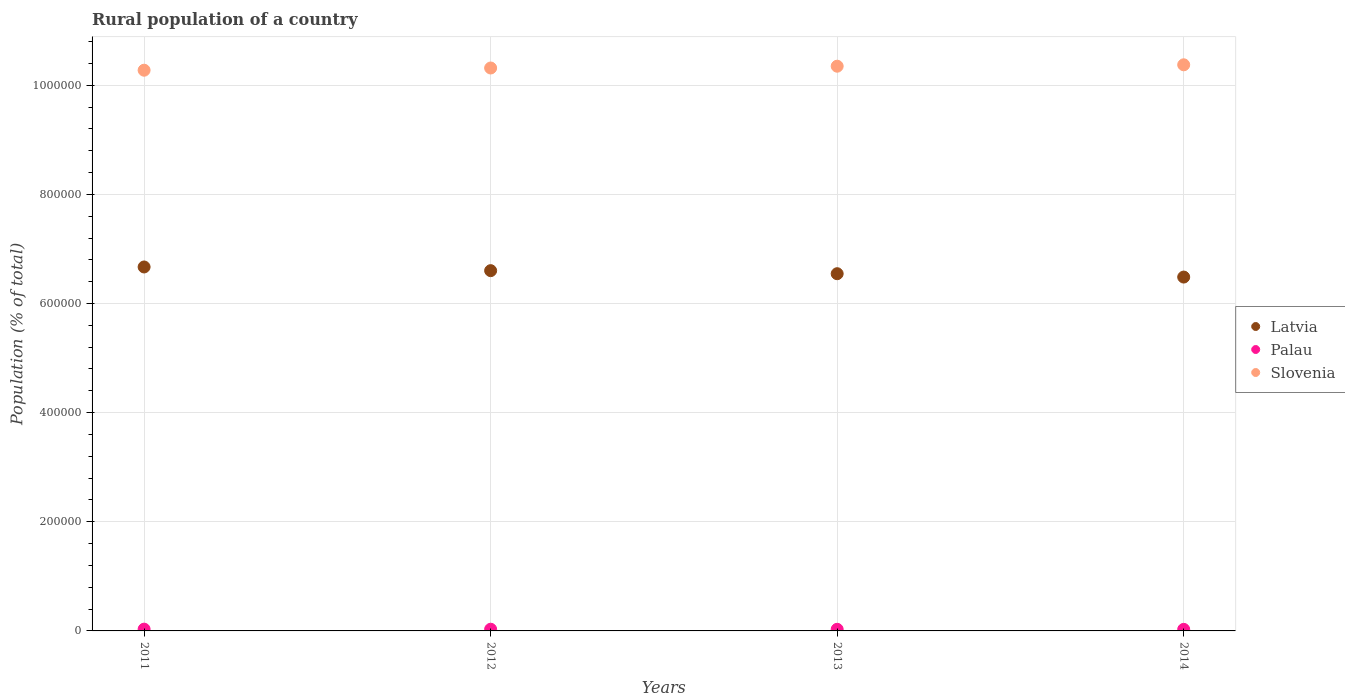
| Years | Latvia | Palau | Slovenia |
 | --- | --- | --- | --- |
 | 2011 | 6.67e+05 | 3.25e+03 | 1.03e+06 |
 | 2012 | 6.6e+05 | 3.10e+03 | 1.03e+06 |
 | 2013 | 6.55e+05 | 2.98e+03 | 1.03e+06 |
 | 2014 | 6.48e+05 | 2.86e+03 | 1.04e+06 |